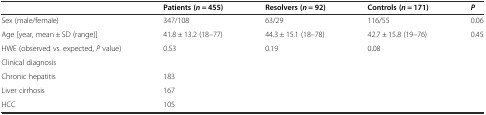
<table><thead><tr><td></td><td><b>Patients (<i>n</i> = 455)</b></td><td><b>Resolvers (<i>n</i> = 92)</b></td><td><b>Controls (<i>n</i> = 171)</b></td><td><b><i>P</i></b></td></tr></thead><tbody><tr><td>Sex (male/female)</td><td>347/108</td><td>63/29</td><td>116/55</td><td>0.06</td></tr><tr><td>Age [year, mean ± SD (range)]</td><td>41.8 ± 13.2 (18–77)</td><td>44.3 ± 15.1 (18–78)</td><td>42.7 ± 15.8 (19–76)</td><td>0.45</td></tr><tr><td>HWE (observed vs. expected, <i>P</i> value)</td><td>0.53</td><td>0.19</td><td>0.08</td><td></td></tr><tr><td>Clinical diagnosis</td><td></td><td></td><td></td><td></td></tr><tr><td>Chronic hepatitis</td><td>183</td><td></td><td></td><td></td></tr><tr><td>Liver cirrhosis</td><td>167</td><td></td><td></td><td></td></tr><tr><td>HCC</td><td>105</td><td></td><td></td><td></td></tr></tbody></table>